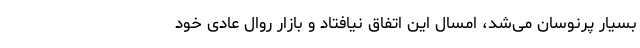
بسیار پرنوسان می‌شد، امسال این اتفاق نیافتاد و بازار روال عادی خود